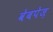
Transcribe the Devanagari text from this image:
वेबपेज़